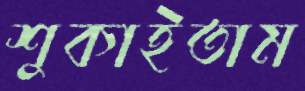
শুকাইতাম